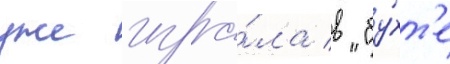
уже игра́ла в "бу́хт'е